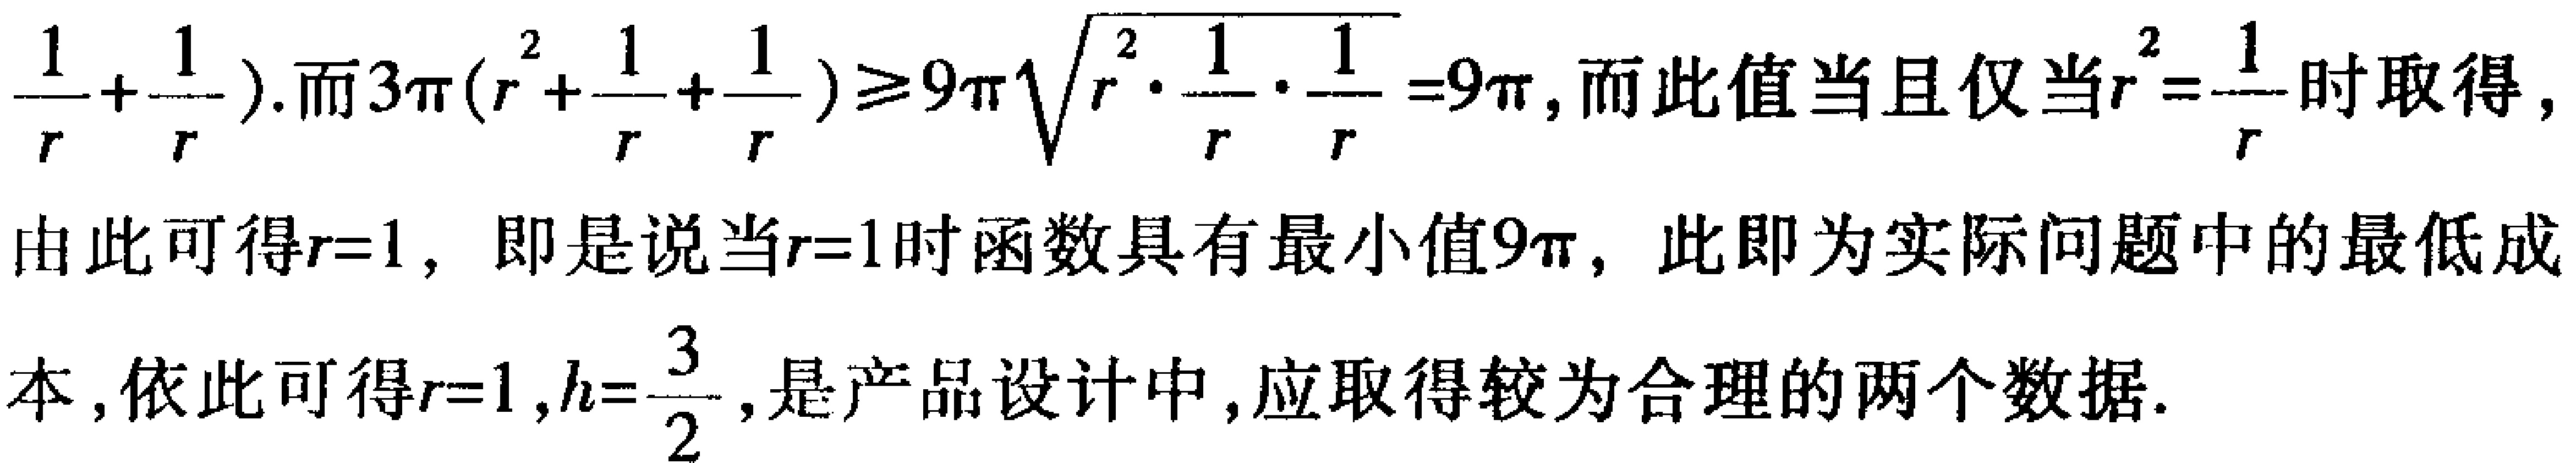
$\frac{1}{r}+\frac{1}{r}).而3\pi(r^{2}+\frac{1}{r}+\frac{1}{r})\geq9\pi\sqrt{r^{2}\cdot\frac{1}{r}\cdot\frac{1}{r}} = 9\pi,而此值当且仅当r^{2}=\frac{1}{r}时取得,$
$由此可得r = 1, 即是说当r = 1时函数具有最小值9\pi, 此即为实际问题中的最低成$
$本, 依此可得r = 1,h=\frac{3}{2}, 是产品设计中, 应取得较为合理的两个数据.$